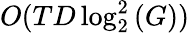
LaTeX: O(TD\log_{2}^{2}{(G)})